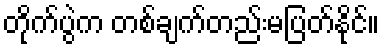
တိုက်ပွဲက တစ်ချက်တည်းမပြတ်နိုင်။